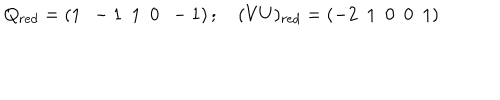
Q _ { r e d } = \left( 1 ~ ~ - 1 ~ ~ 1 ~ ~ 0 ~ ~ - 1 \right) ; ~ ( V U ) _ { r e d } = \left( - 2 ~ ~ 1 ~ ~ 0 ~ ~ 0 ~ ~ 1 \right)